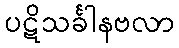
ပဋိသင်္ခါနဗလာ